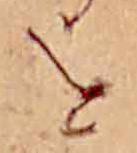
を